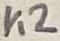
Text: K2